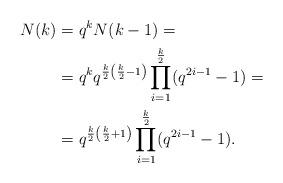
LaTeX: \begin{align*}N(k)&=q^kN(k-1)=\\&=q^kq^{\frac{k}{2}\left(\frac{k}{2}-1\right)}\prod_{i=1}^\frac{k}{2}(q^{2i-1}-1)=\\&=q^{\frac{k}{2}\left(\frac{k}{2}+1\right)}\prod_{i=1}^\frac{k}{2}(q^{2i-1}-1).\end{align*}